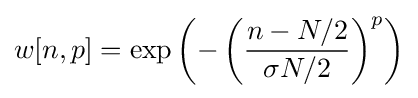
w[n,p]=\exp \left(-\left({\frac {n-N/2}{\sigma N/2}}\right)^{p}\right)